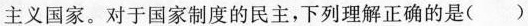
主义国家。对于国家制度的民主，下列理解正确的是（）